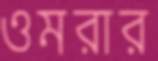
ওমরার